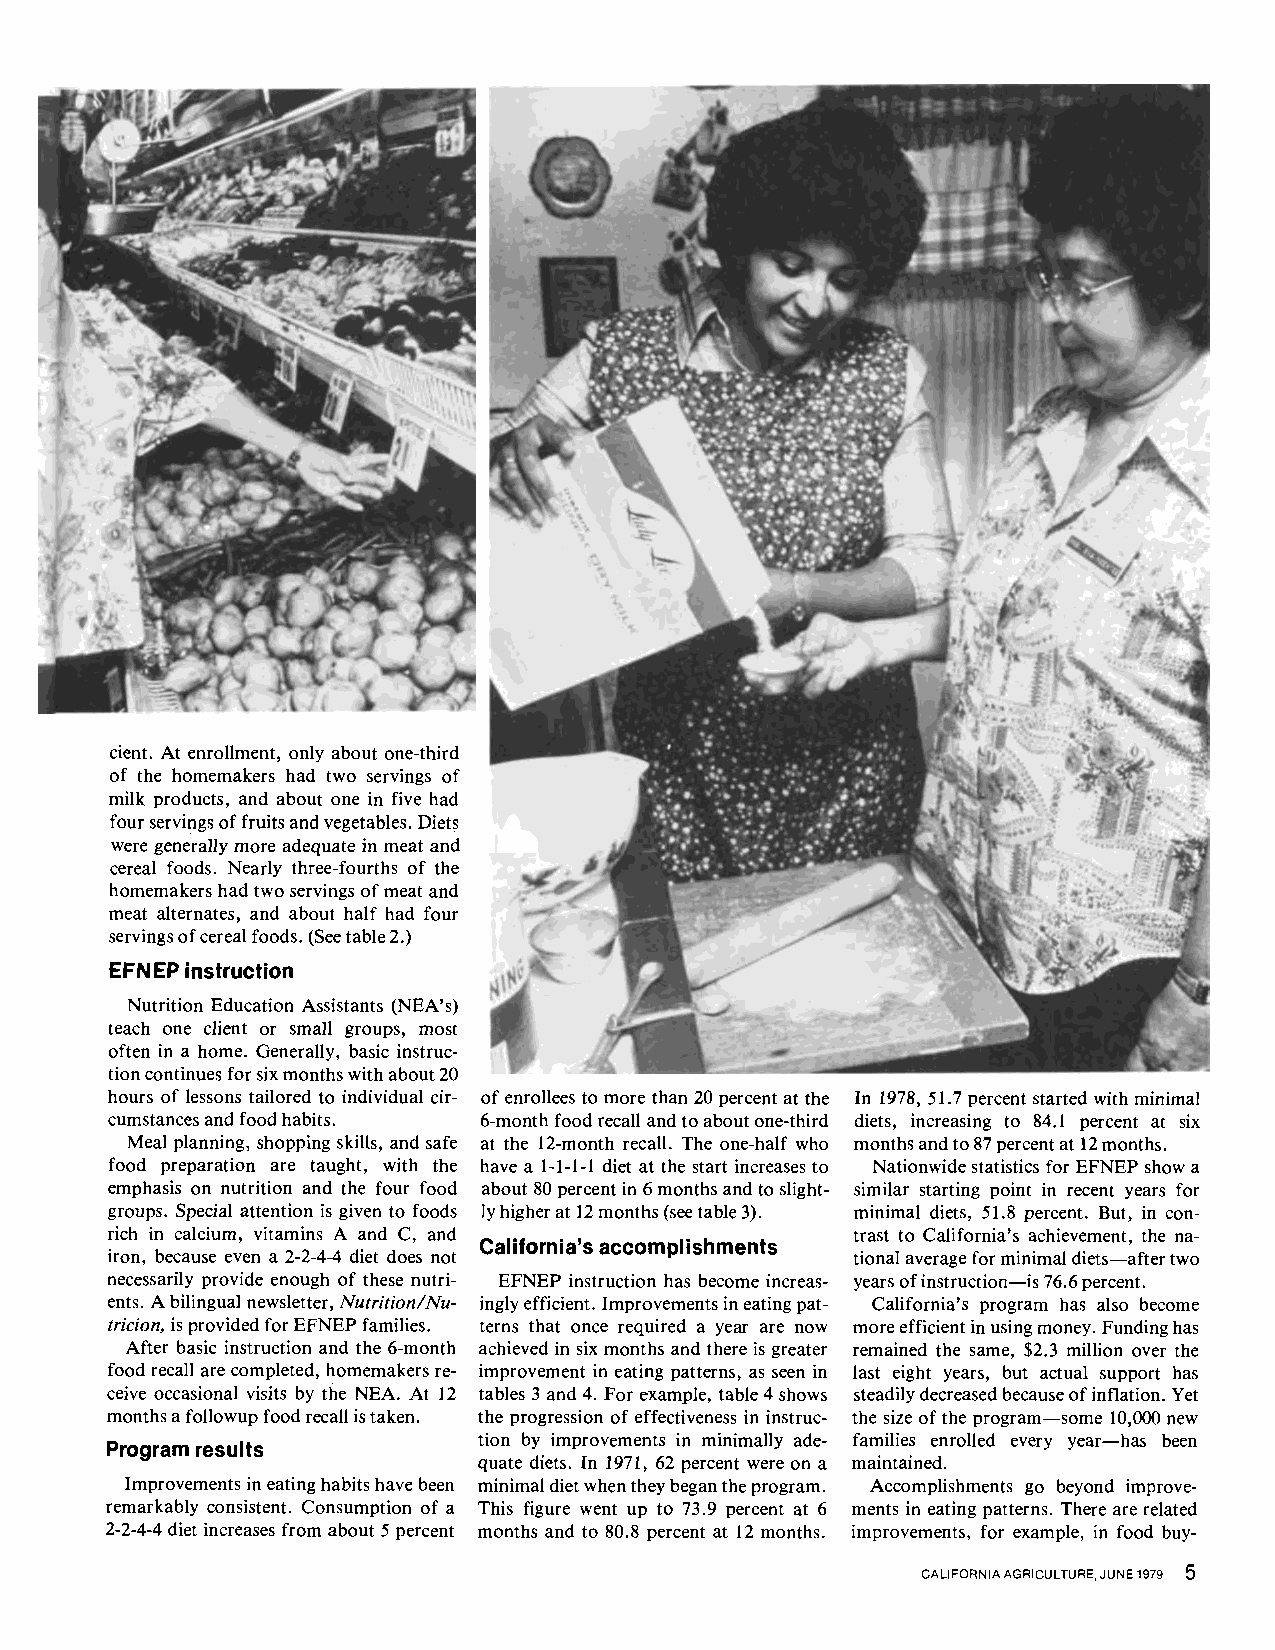
cient. At enrollment, only about one-third
 of the homemakers had two servings of
 milk products, and about one in five had
 four servings of fruits and vegetables. Diets
 were generally more adequate in meat and
 cereal foods. Nearly three-fourths of the
 homemakers had two servings of meat and
 meat alternates, and about half had four
 servings of cereal foods. (See table 2.)
 EFNEP instruction
 Nutrition Education Assistants (NEA’s)
 teach one client or small groups, most
 often in a home. Generally, basic instruc-
 tion continues for six months with about 20
 hours of lessons tailored to individual cir- of enrollees to more than 20 percent at the In 1978, 51.7 percent started with minimal
 cumstances and food habits. 6-month food recall and to about one-third diets, increasing to 84.1 percent at six
 Meal planning, shopping skills, and safe at the 12-month recall. The one-half who months and to 87 percent at 12 months.
 food preparation are taught, with the have a 1-1-1-1 diet at the start increases to Nationwide statistics for EFNEP show a
 emphasis on nutrition and the four food about 80 percent in 6 months and to slight- similar starting point in recent years for
 groups. Special attention is given to foods ly higher at 12 months (see table 3). minimal diets, 51.8 percent. But, in con-
 rich in calcium, vitamins A and C, and           trast to California’s achievement, the na-
 California’s accomplishments
 iron, because even a 2-2-4-4 diet does not       tional average for minimal diets-after two
 necessarily provide enough of these nutri- EFNEP instruction has become increas- years of instruction-is 76.6 percent.
 ents. A bilingual newsletter, NutritiodNu- ingly efficient. Improvements in eating pat- California’s program has also become
 tricion, is provided for EFNEP families. terns that once required a year are now more efficient in using money. Funding has
 After basic instruction and the 6-month achieved in six months and there is greater remained the same, $2.3 million over the
 food recall are completed, homemakers re- improvement in eating patterns, as seen in last eight years, but actual support has
 ceive occasional visits by the NEA. At 12 tables 3 and 4. For example, table 4 shows steadily decreased because of inflation. Yet
 months a followup food recall is taken. the progression of effectiveness in instruc- the size of the program-some 10,000 new
 tion by improvements in minimally ade- families enrolled every year-has been
 Program results
 quate diets. In 1971, 62 percent were on a maintained.
 Improvements in eating habits have been minimal diet when they began the program. Accomplishments go beyond improve-
 remarkably consistent. Consumption of a This figure went up to 73.9 percent at 6 ments in eating patterns. There are related
 2-2-4-4 diet increases from about 5 percent months and to 80.8 percent at 12 months. improvements, for example, in food buy-
 5
 CALIFORNIA AGRICULTURE, JUNE 1979